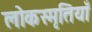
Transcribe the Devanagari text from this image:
लोकस्मृतियाँ